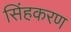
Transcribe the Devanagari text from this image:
सिंहकरण